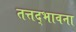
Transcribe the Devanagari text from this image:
तत्तद्भावना